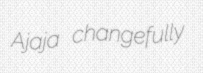
Ajaja changefully